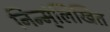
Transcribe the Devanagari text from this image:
निन्म्ंलिखित